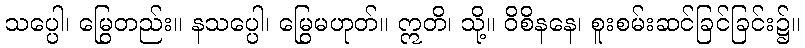
သပ္ပေါ၊ မြွေတည်း။ နသပ္ပေါ၊ မြွေမဟုတ်။ ဣတိ၊ သို့။ ဝိစိနနေ၊ စူးစမ်းဆင်ခြင်ခြင်း၌။